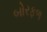
બોરફળ